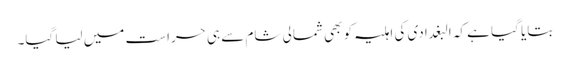
بتایا گیا ہے کہ البغدادی کی اہلیہ کو بھی شمالی شام سے ہی حراست میں لیا گیا۔